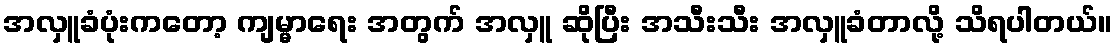
အလှူခံပုံးကတော့ ကျမ္မာရေး အတွက် အလှူ ဆိုပြီး အသီးသီး အလှူခံတာလို့ သိရပါတယ်။